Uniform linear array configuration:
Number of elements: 4
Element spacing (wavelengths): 0.5
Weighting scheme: binomial
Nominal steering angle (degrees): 0
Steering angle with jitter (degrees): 1.769
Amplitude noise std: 0.05
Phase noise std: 0.05

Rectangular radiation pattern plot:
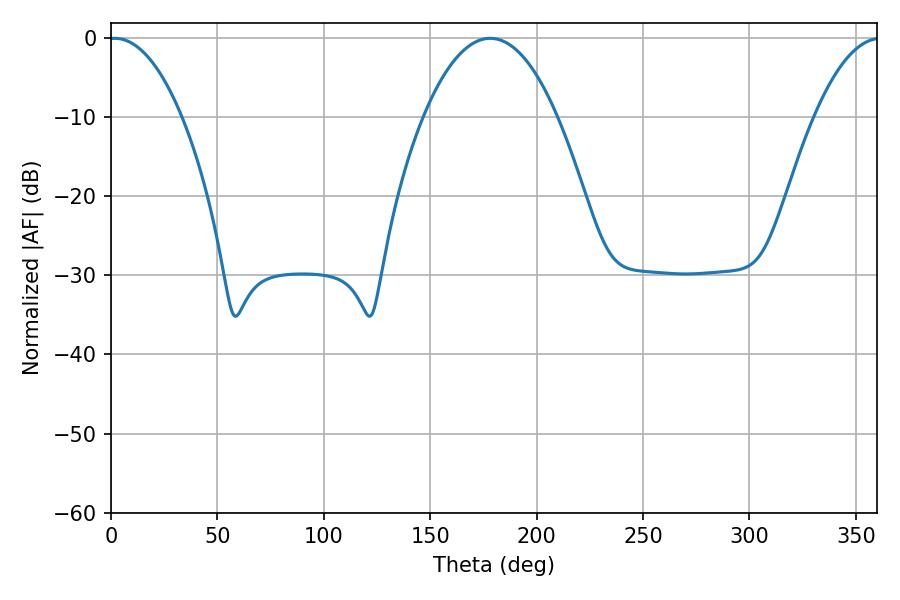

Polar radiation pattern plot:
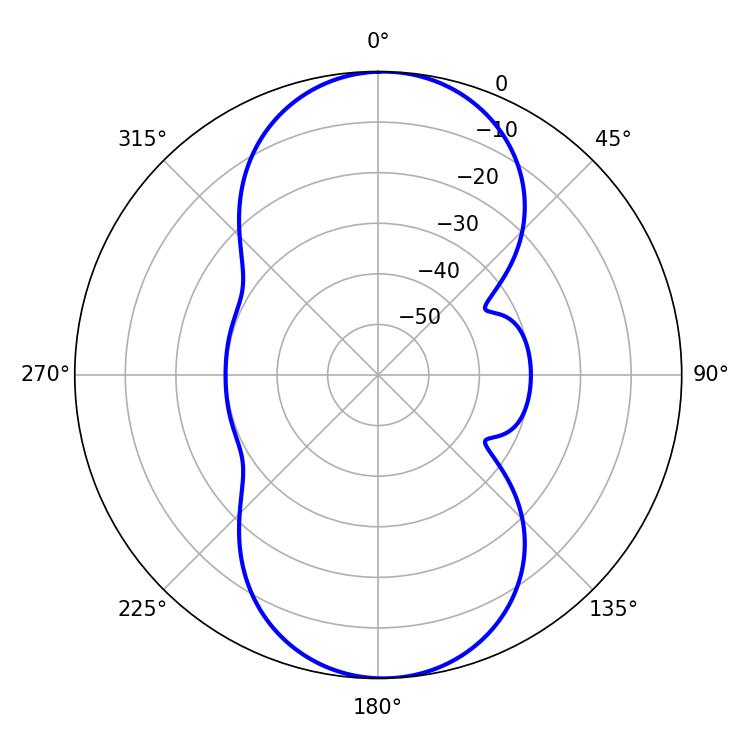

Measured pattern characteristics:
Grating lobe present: FALSE
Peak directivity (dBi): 17.291
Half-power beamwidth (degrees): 19.26
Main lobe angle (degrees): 1.8